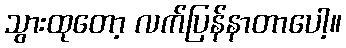
သွားထုတော့ လက်ပြန်နာတာပေါ့။